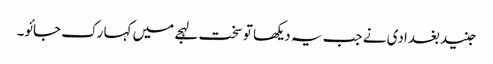
جنید بغدادی نے جب یہ دیکھا تو سخت لہجے میں کہا رک جائو۔